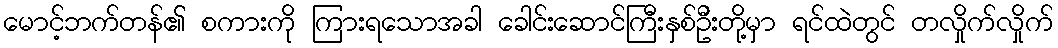
မောင့်ဘက်တန်၏ စကားကို ကြားရသောအခါ ခေါင်းဆောင်ကြီးနှစ်ဦးတို့မှာ ရင်ထဲတွင် တလှိုက်လှိုက်